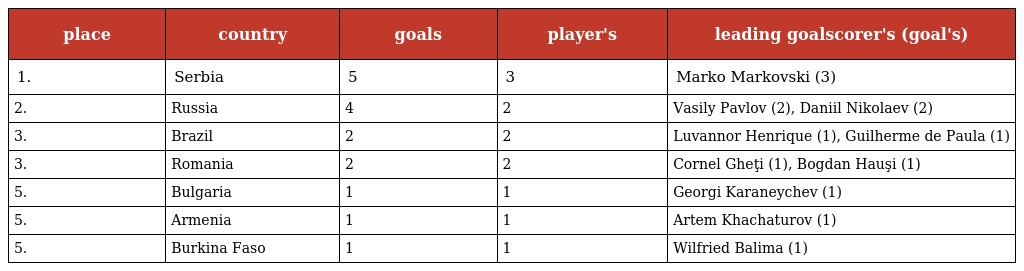
| place | country | goals | player's | leading goalscorer's (goal's) |
 | --- | --- | --- | --- | --- |
 | 1. | Serbia | 5 | 3 | Marko Markovski (3) |
 | 2. | Russia | 4 | 2 | Vasily Pavlov (2), Daniil Nikolaev (2) |
 | 3. | Brazil | 2 | 2 | Luvannor Henrique (1), Guilherme de Paula (1) |
 | 3. | Romania | 2 | 2 | Cornel Gheţi (1), Bogdan Hauşi (1) |
 | 5. | Bulgaria | 1 | 1 | Georgi Karaneychev (1) |
 | 5. | Armenia | 1 | 1 | Artem Khachaturov (1) |
 | 5. | Burkina Faso | 1 | 1 | Wilfried Balima (1) |